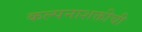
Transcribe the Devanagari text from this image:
कल्पनाशक्तीची